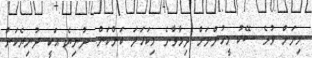
މިނަށް ވުރެ ސޭކު މީހުންނަށް ދިމާވާނެ މިކަހަލަ ކަންކަން. ދުނިޔެ އަކީ ދުނިޔެކަން